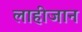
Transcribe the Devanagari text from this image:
लाहीजान